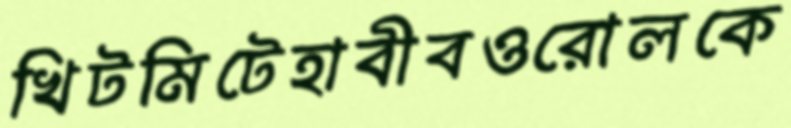
খিটমিটেহাবীবওরোলকে